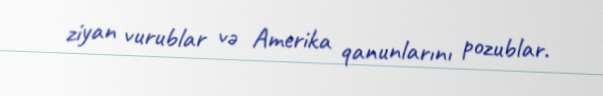
ziyan vurublar və Amerika qanunlarını pozublar.